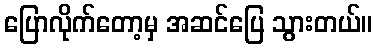
ပြောလိုက်တော့မှ အဆင်ပြေ သွားတယ်။